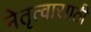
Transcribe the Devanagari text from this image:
नेतृत्वासाठी